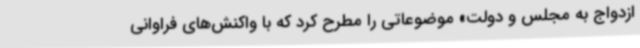
ازدواج به مجلس و دولت» موضوعاتی را مطرح کرد که با واکنش‌های فراوانی